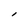
Character: I